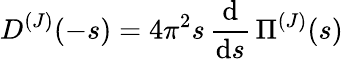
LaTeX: D^{(J)}(-s)=4\pi^{2}s\, {\frac{\mathrm{d}}{\mathrm{d}s}}\, \Pi^{(J)}(s)